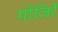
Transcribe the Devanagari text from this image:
गोजिरें